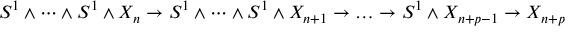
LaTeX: S ^ { 1 } \wedge \dots \wedge S ^ { 1 } \wedge X _ { n } \to S ^ { 1 } \wedge \dots \wedge S ^ { 1 } \wedge X _ { n + 1 } \to \dots \to S ^ { 1 } \wedge X _ { n + p - 1 } \to X _ { n + p }